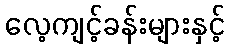
လေ့ကျင့်ခန်းများနှင့်